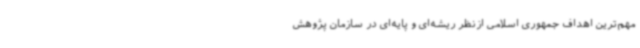
مهم‌ترین اهداف جمهوری اسلامی ازنظر ریشه‌ای و پایه‌ای در سازمان پژوهش